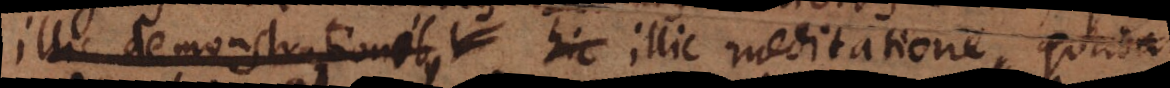
illis demonstrationibus hic illic meditatione quadam